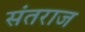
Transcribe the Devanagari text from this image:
संतराज